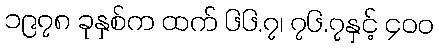
၁၉၇၈ ခုနှစ်က ထက် ၆၆.၇၊ ၇၆.၇နှင့် ၄၀၀